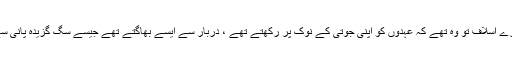
ہمارے اسلاف تو وہ تھے کہ عہدوں کو اپنی جوتی کے نوک پر رکھتے تھے ، دربار سے ایسے بھاگتے تھے جیسے سگ گزیدہ پانی سے ۔